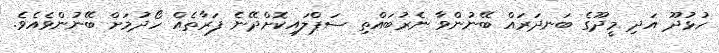
ހުޅުދޫ އަދި މީދޫގެ ބަނދަރައް ބޭނުންވާ ނެރުބައްތި ސަޕްލައިކޮށްދޭނެ ފަރާތެއް ހޯދުމަށް ބޭނުންވެއެވެ.